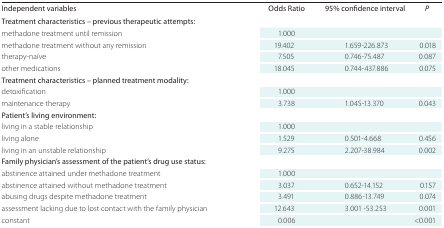
| Independent variables | Odds Ratio | 95% confidence interval | P |
 | --- | --- | --- | --- |
 | Treatment characteristics – previous therapeutic attempts: |  |  |  |
 | methadone treatment until remission | 1.000 |  |  |
 | methadone treatment without any remission | 19.402 | 1.659-226.873 | 0.018 |
 | therapy-naïve | 7.505 | 0.746-75.487 | 0.087 |
 | other medications | 18.045 | 0.744-437.886 | 0.075 |
 | Treatment characteristics – planned treatment modality: |  |  |  |
 | detoxification | 1.000 |  |  |
 | maintenance therapy | 3.738 | 1.045-13.370 | 0.043 |
 | Patient's living environment: |  |  |  |
 | living in a stable relationship | 1.000 |  |  |
 | living alone | 1.529 | 0.501-4.668 | 0.456 |
 | living in an unstable relationship | 9.275 | 2.207-38.984 | 0.002 |
 | Family physician’s assessment of the patient's drug use status: |  |  |  |
 | abstinence attained under methadone treatment | 1.000 |  |  |
 | abstinence attained without methadone treatment | 3.037 | 0.652-14.152 | 0.157 |
 | abusing drugs despite methadone treatment | 3.491 | 0.886-13.749 | 0.074 |
 | assessment lacking due to lost contact with the family physician | 12.643 | 3.001 -53.253 | 0.001 |
 | constant | 0.006 |  | <0.001 |